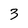
Character: 3